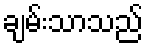
ချမ်းသာသည်